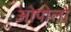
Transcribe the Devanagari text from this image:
ओपोलो